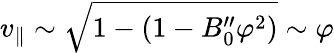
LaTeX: v_{\parallel}\sim\sqrt{1-(1-B_{0}^{\prime\prime}\varphi^{2})}\sim\varphi